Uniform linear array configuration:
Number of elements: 8
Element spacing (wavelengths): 0.5
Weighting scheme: hann
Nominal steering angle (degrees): -60
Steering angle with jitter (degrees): -58.323
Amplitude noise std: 0.05
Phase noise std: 0.05

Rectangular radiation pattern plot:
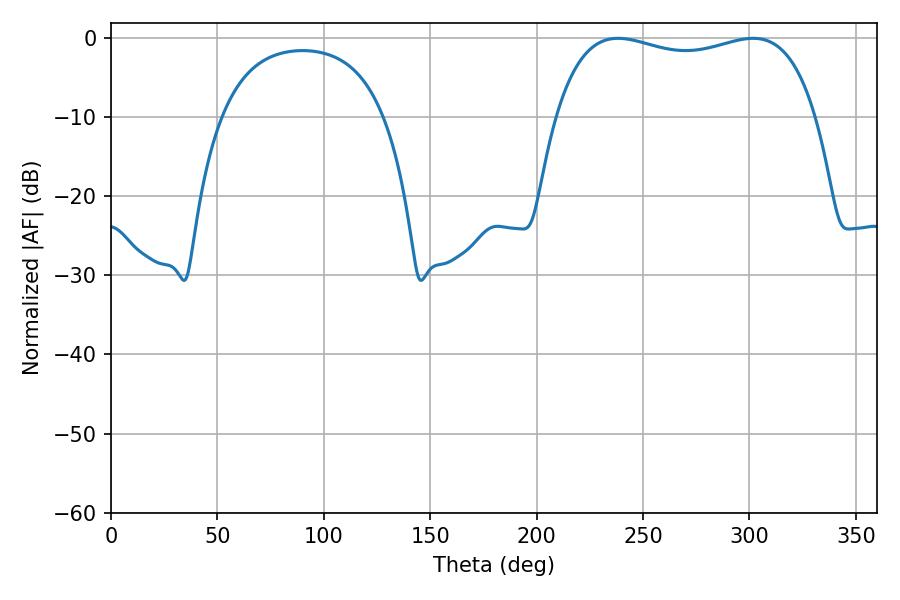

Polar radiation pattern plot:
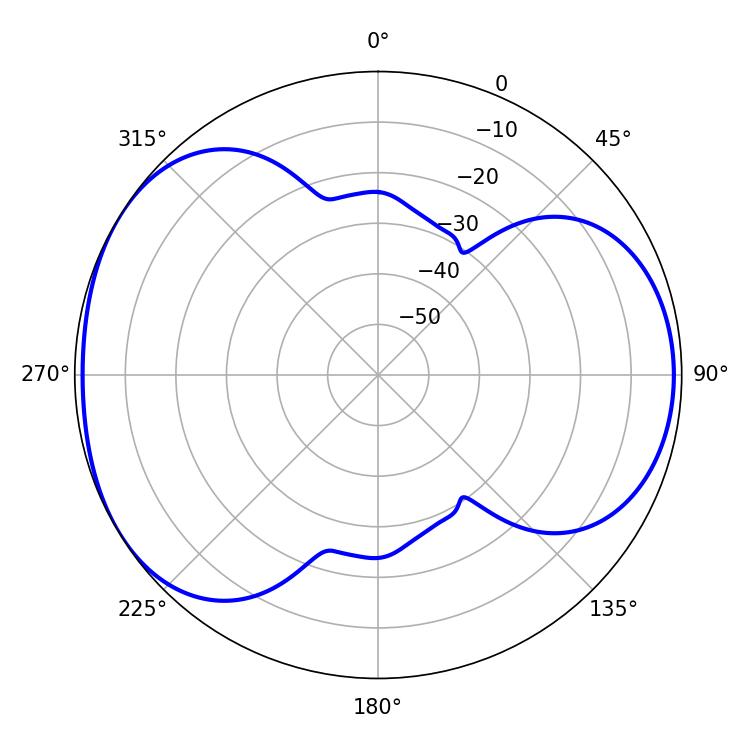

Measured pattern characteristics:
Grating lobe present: FALSE
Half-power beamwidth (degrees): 99.72
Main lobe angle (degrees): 238.32